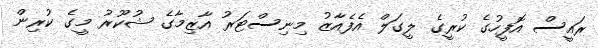
ރައީސް އޮފީހުގެ ކުރީގެ ލީގަލް އެފެއާޒު މިނިސްޓަރު އާޒިމާގެ ޝުކޫރު މީގެ ކުރިން